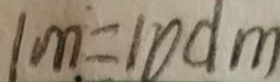
1 m = 1 0 d m